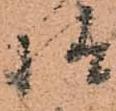
様